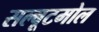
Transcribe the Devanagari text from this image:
सल्बूटमोल